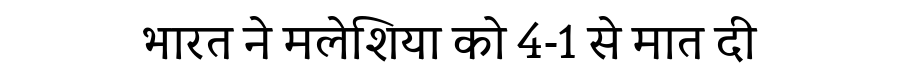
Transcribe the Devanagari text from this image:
भारत ने मलेशिया को 4-1 से मात दी